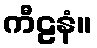
ကီဠနံ။